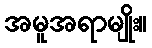
အမူအရာမျိုး။